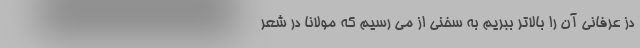
دُز عرفانی آن را بالاتر ببریم به سخنی از می رسیم که مولانا در شعر